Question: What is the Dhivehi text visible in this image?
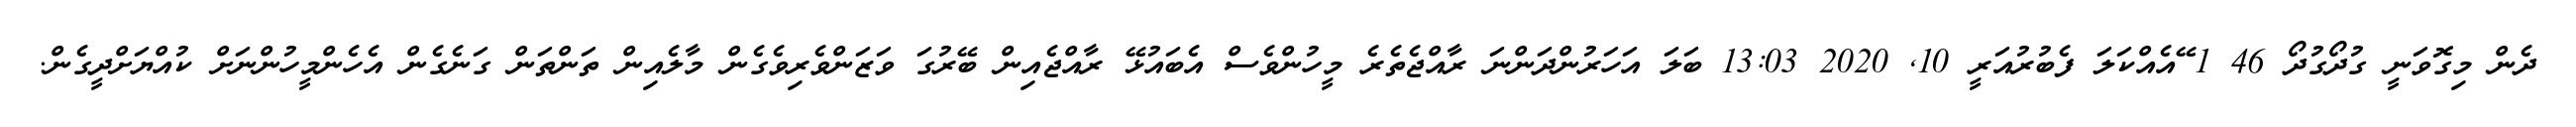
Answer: ދެން މިގޮވަނީ ގުދޯގުދޯ 46 1 ޭއެއްކަލަ ފެބުރުއަރީ 10, 2020 13:03 ބަލަ އަހަރުންދަންނަ ރާއްޖެތެރެ މީހުންވެސް އެބައުޅޭ ރާއްޖެއިން ބޭރުގަ ވަޒަންވެރިވެގެން މާލެއިން ތަންތަން ގަނެގެން އެހެންމީހުންނަށް ކުއްޔަށްދީގެން.